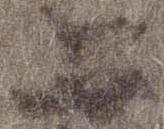
上